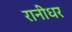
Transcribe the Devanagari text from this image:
रानीधर